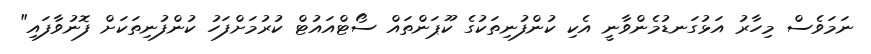
ނަމަވެސް މިހާރު އަޅުގަނޑުމެންވާނީ އެކި ކުންފުނިތަކުގެ ކޫޕަންތައް ސޯޓްއައުޓް ކުރުމަށްފަހު ކުންފުނިތަކަށް ފޮނުވާފައި"